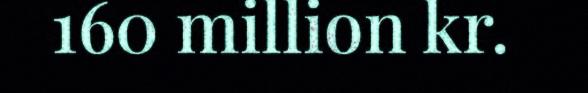
160 million kr.